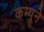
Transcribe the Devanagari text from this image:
कम्यूने